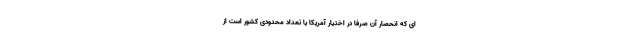
ای که انحصار آن صرفاً ‌در اختیار آمریکا یا تعداد محدودی کشور است از